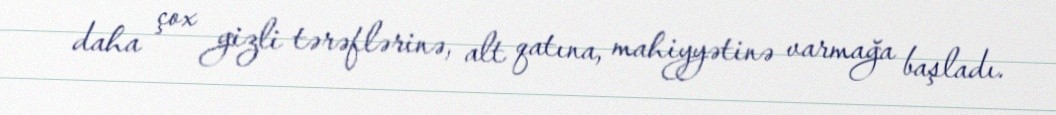
daha çox gizli tərəflərinə, alt qatına, mahiyyətinə varmağa başladı.